Lunatic asylums Central Provinces reports 1874-1885 - 1874-1885
Year: 1874
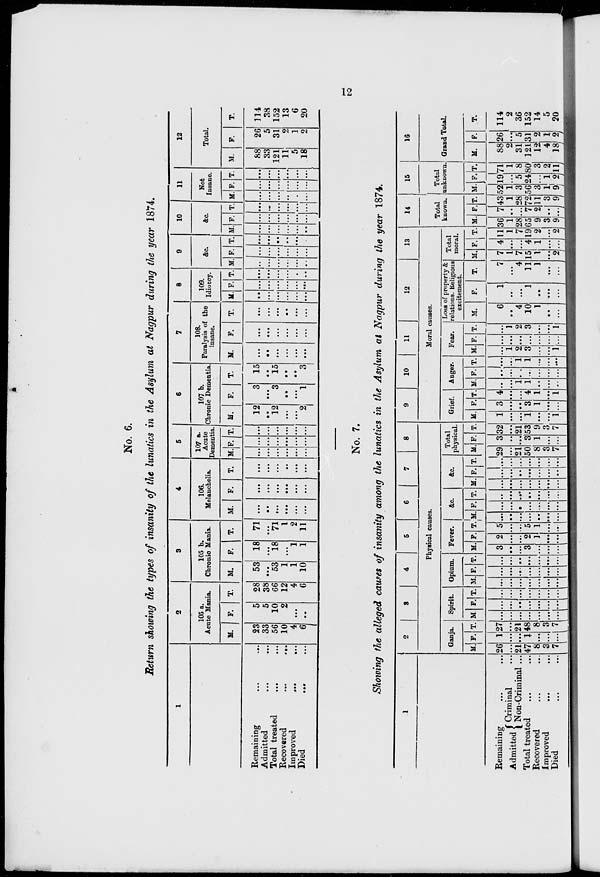
12
No. 6.
Return showing the types of insanity of the lunatics in the Asylum at Nagpur during the year 1874.
1
Remaining ... ...
Admitted ... ...
Total treated ... ...
Recovered
...
...
Improved
...
...
Died
...
...
2
105 a.
Acute Mania.
M.
23
33
56
10
4
6
F.
5
5
10
2
...
..
T.
28
38
66
12
4
6
3
105 b.
Chronic Mania.
M.
53
...
53
1
1
10
F.
18
...
18
...
1
1
T.
71
...
71
1
2
11
4
106.
Melancholia.
M.
...
...
...
...
...
...
F.
...
...
...
...
...
...
T.
...
...
...
..
...
...
5
107 a.
Acute
Dementia.
M.
...
...
...
...
...
...
F.
...
...
...
...
...
...
T.
...
...
...
...
...
...
6
107 b.
Chronic Dementia.
M.
12
...
12
....
...
2
F.
3
...
3
...
...
1
T.
15
...
15
...
...
3
7
108.
Paralysis of the
insane.
M.
...
...
...
...
...
...
F.
...
...
...
...
...
...
T.
...
...
...
...
...
...
8
109.
Idiotcy.
M.
...
...
...
...
...
...
F.
...
...
...
...
...
...
T.
...
...
...
...
...
...
9
&c.
M.
...
...
...
...
...
...
F.
...
...
...
...
...
...
T.
...
...
...
...
...
...
10
&c.
M.
...
...
...
...
...
...
F.
...
...
...
...
...
...
T.
...
...
...
...
...
...
11
Not
Insane.
M.
...
...
...
...
...
...
F.
...
...
...
...
...
...
T.
...
...
...
...
...
...
12
Total.
M.
88
33
121
11
5
18
F.
26
5
31
2
1
2
T.
114
38
152
13
6
20
No. 7.
Showing the alleged causes of insanity among the lunatics in the Asylum at Nagpur during the year 1874.
1
Remaining ... ...
Admitted
Criminal ...
Non-Criminal ...
Total treated ... ...
Recovered ... ...
Improved ... ...
Died ... ...
2
3
4
5
6
7
8
Physical causes.
Ganja.
M.
26
...
21
47
8
3
7
F.
1
...
...
1
...
...
...
T.
27
...
21
48
8
3
7
Spirit.
M.
...
...
...
...
...
...
...
F.
...
...
...
...
...
...
...
T.
...
...
...
...
...
...
...
Opium.
M.
...
...
...
...
...
...
...
F.
...
...
...
...
...
...
...
T.
...
...
...
...
...
...
...
Fever.
M.
3
...
...
3
...
...
...
F.
2
...
...
2
1
...
...
T.
5
...
...
5
1
...
...
&c.
M.
...
...
...
...
...
...
...
F.
...
...
...
...
...
...
...
T.
...
...
...
...
...
...
...
&c.
M.
...
...
...
...
...
...
...
F.
...
...
...
...
...
...
...
T.
...
...
...
...
...
...
...
Total
physical.
M.
29
...
21
50
8
3
7
F.
3
...
...
3
1
...
...
T.
32
...
21
53
9
3
7
9
10
11
12
13
Moral causes.
Grief.
M.
1
...
...
1
...
...
1
F.
3
...
...
3
1
...
...
T.
4
...
...
4
1
...
1
Anger.
M.
...
...
1
1
...
...
...
F.
...
...
...
...
...
...
...
T.
...
...
1
1
...
...
...
Fear.
M.
...
1
2
3
...
...
1
F.
...
...
...
...
...
...
...
T.
...
1
2
3
...
...
1
Loss of property &
relations. Religious
excitement.
M.
6
...
4
10
1
...
...
F.
1
...
...
1
...
...
...
T.
7
...
4
11
1
...
...
Total
moral.
M.
7
1
7
15
1
...
2
F.
4
...
...
4
1
...
...
T.
11
1
7
19
2
...
2
14
Total
known.
M
36
1
28
65
9
3
9
F.
7
...
...
7
2
...
...
T.
43
1
28
72
11
3
9
15
Total
unknown.
M.
52
1
3
56
3
1
9
F.
19
...
5
24
...
1
2
T.
71
1
8
80
3
2
11
16
Grand Total.
M.
88
2
31
121
12
4
18
F.
26
...
5
31
2
1
2
T.
114
2
36
152
14
5
20